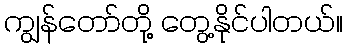
ကျွန်တော်တို့ တွေ့နိုင်ပါတယ်။